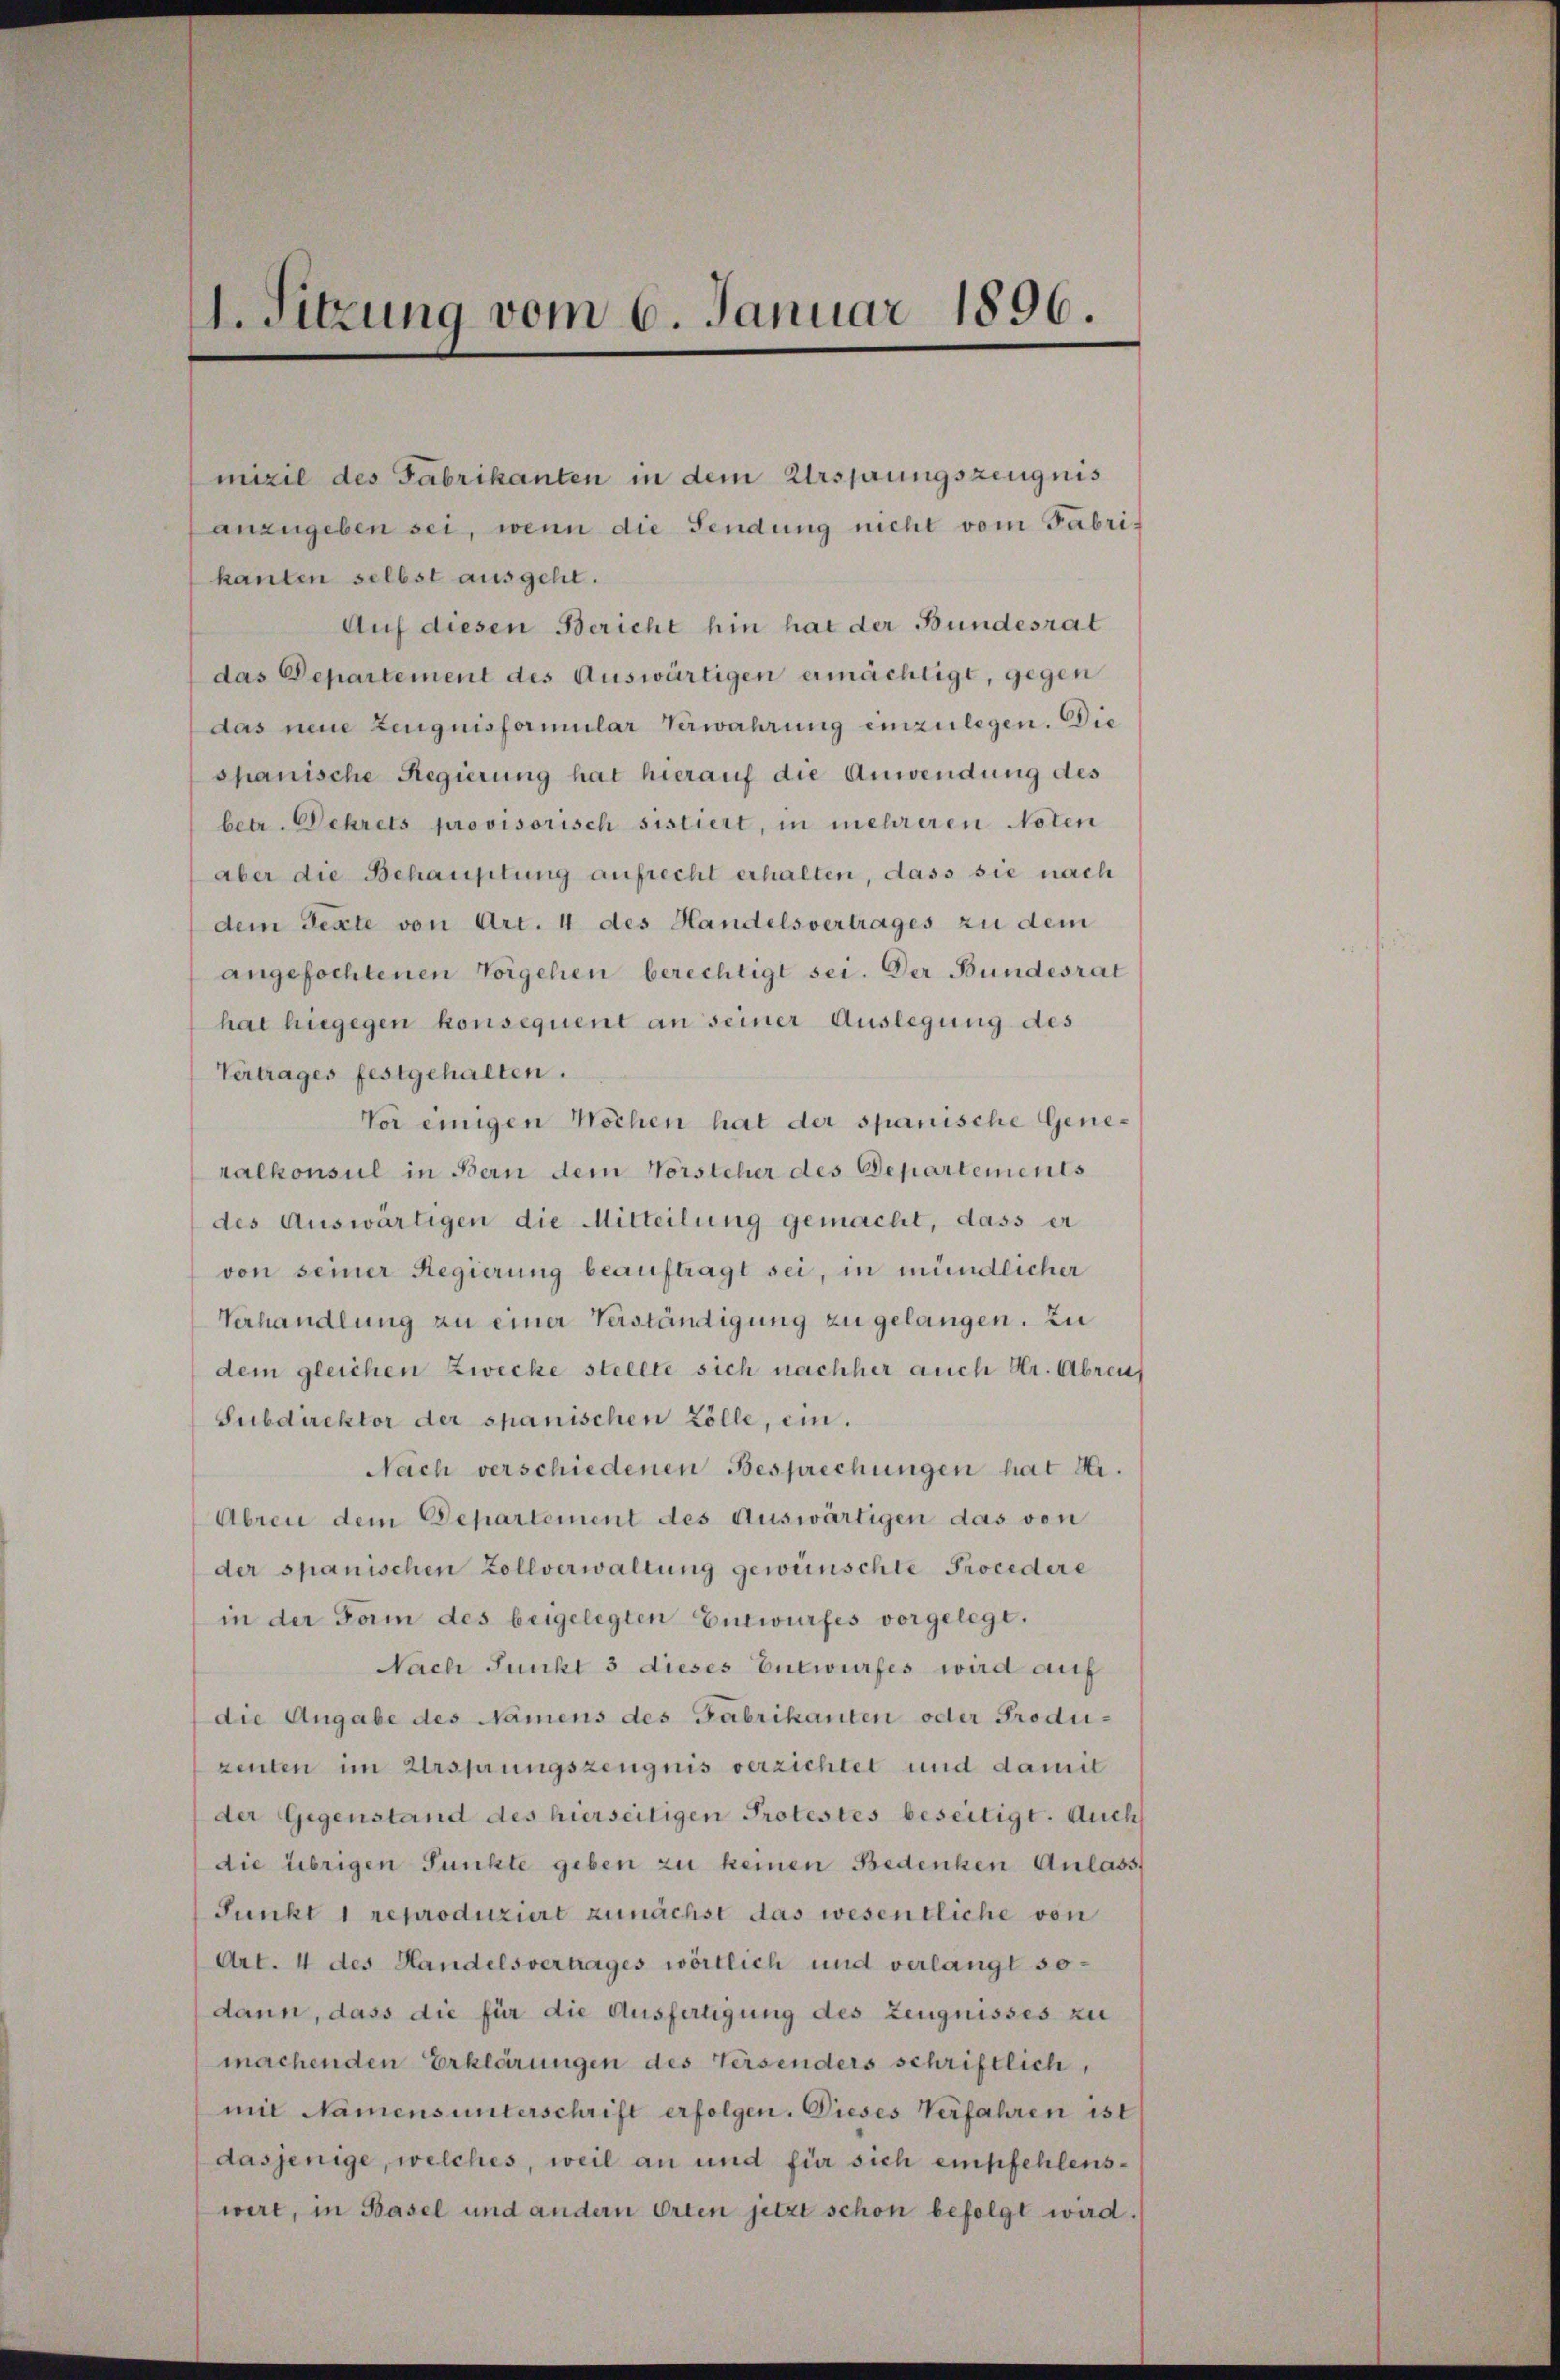
. Sitzung vom 6. Januar 1896.

mizil des Fabrikanten in dem Ursprungszeugnis
anzugeben sei, wenn die Sendung nicht vom Fabrikanten selbst ausgeht.
Auf diesen Bericht hin hat der Bundesrat
das Departement des Auswärtigen ermächtigt, gegen
das eine Zeugnisformular Verwahrung einzulegen. Die
spanische Regierung hat hierauf die Anwendung des
betr. Dekrets provisorisch sistiert, in mehreren Noten
aber die Behauptung aufrecht erhalten, dass sie nach
dem Texte von Art. 4 des Handelsvertrages zu dem
angefochtenen Vorgehen berechtigt sei. Der Bundesrat
hat hiegegen konsequent an seiner Auslegung des
Vertrages festgehalten.
Vor einigen Wochen hat der spanische Generalkonsul in Bern dem Vorsteher des Departements
des Auswärtigen die Mitteilung gemacht, dass er
von seiner Regierung beauftragt sei, in mündlicher
Verhandlung zu einer Verständigung zu gelangen. Zu
dem gleichen Zwecke stellte sich nachher auch Hr. Abreis
Subdirektor der spanischen Zölle, ein.
Nach verschiedenen Besprechungen hat Hr.
Abren dem Departement des Auswärtigen das von
der spanischen Zollverwaltung gewünschte Procedere
in der Form des beigelegten Entwurfes vorgelegt.
Nach Junkt 3 dieses Entwurfes wird auf
die Angabe des Namens des Fabrikanten oder Produzenten im Ursprungszeugnis verzichtet und damit
der Gegenstand des hierseitigen Protestes beseitigt. Auch
die übrigen Punkte geben zu keinen Bedenken Anlass
Punkt 1 reproduziert zunächst das wesentliche von
Art. 4 des Handelsvertrages wörtlich und verlangt so-
dann, dass die für die Ausfertigung des Zeugnisses zu
machenden Erklärungen des Versenders schriftlich,
mit Namensunterschrift erfolgen. Dieses Verfahren ist
dasjenige, welches, weil an und für sich empfehlens-
wert, in Basel und andern Orten jetzt schon befolgt wird.